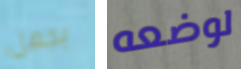
بجعل لوضعه